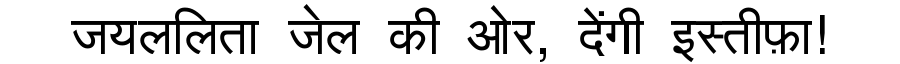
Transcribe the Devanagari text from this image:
जयललिता जेल की ओर, देंगी इस्तीफ़ा!